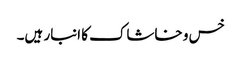
خس و خاشاک کا انبار ہیں۔